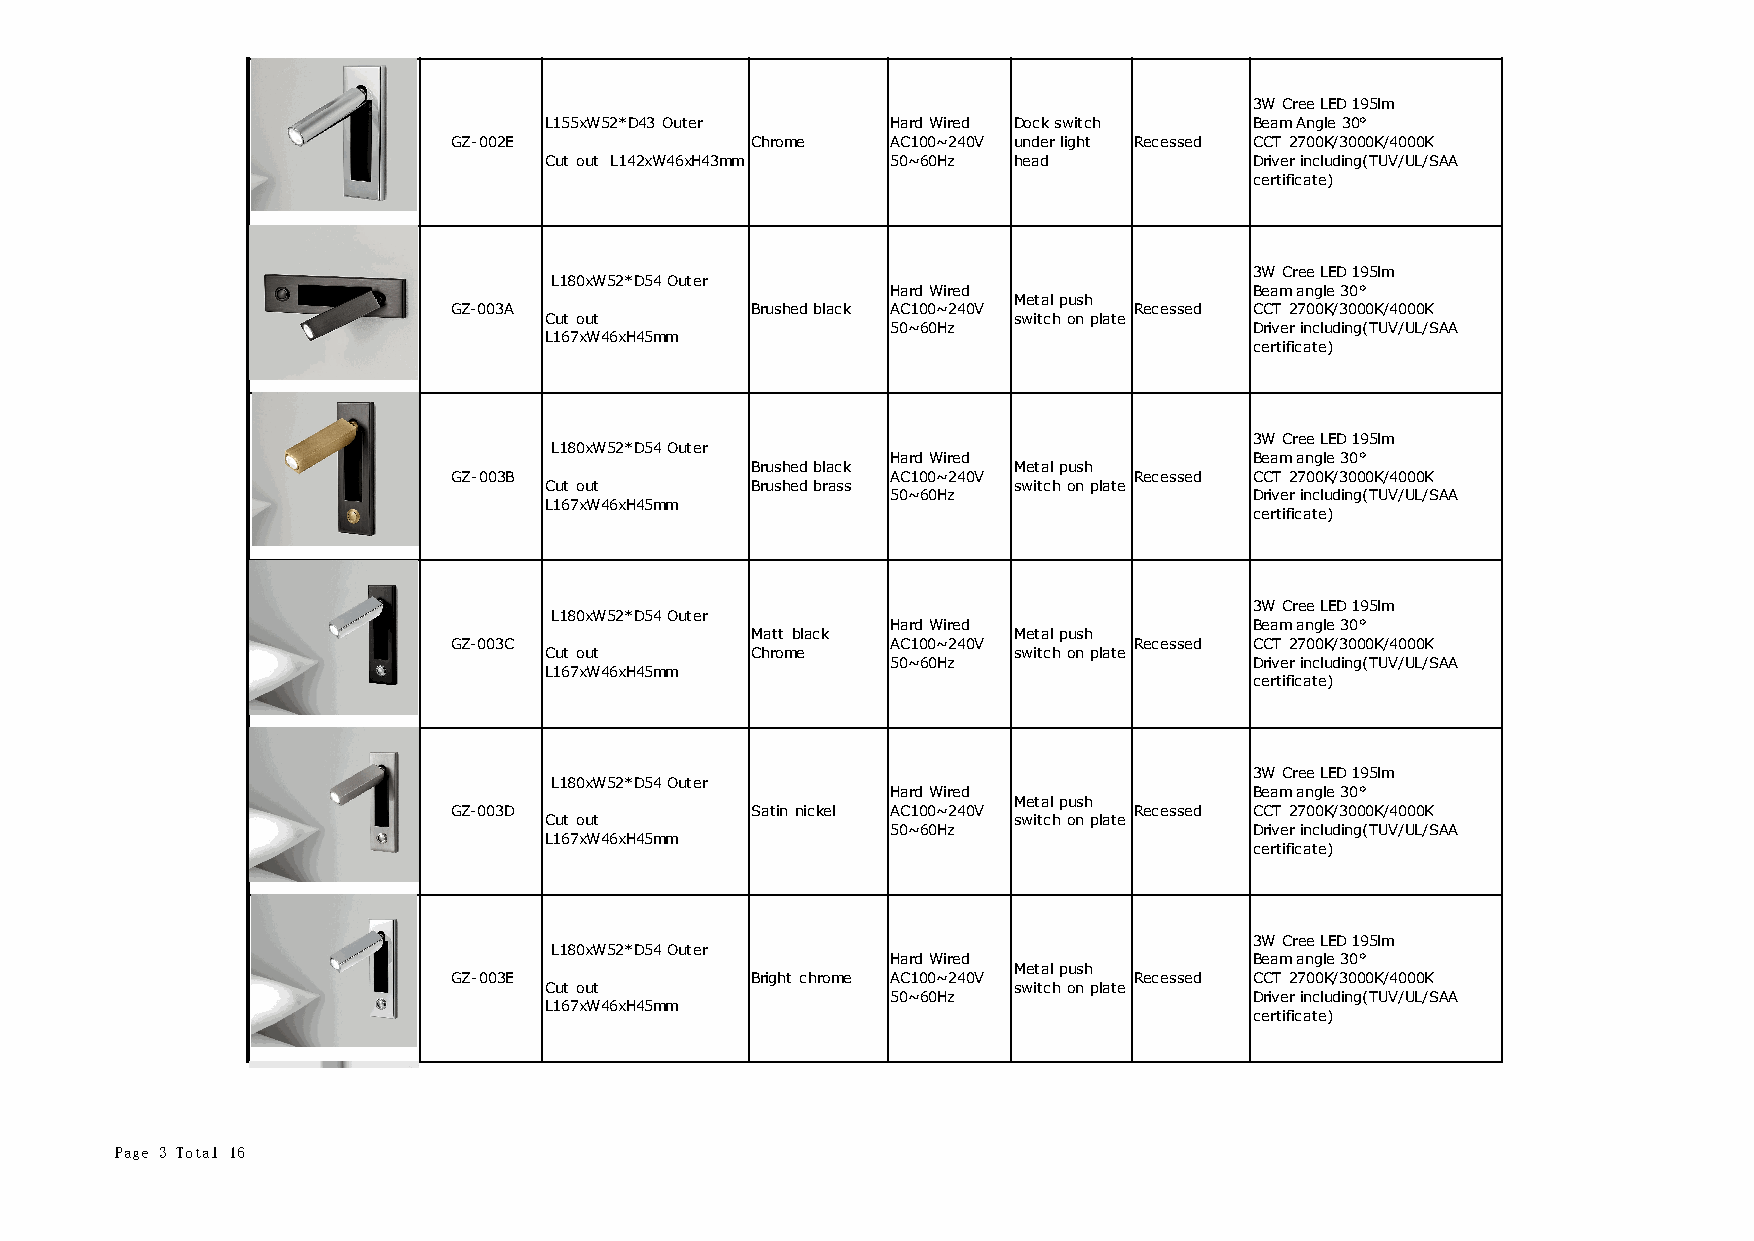
3W Cree LED 195lm
 L155xW52*D43 Outer     Hard Wired Dock switch  Beam Angle 30°
 GZ-002E             Chrome   AC100~240V under light Recessed CCT 2700K/3000K/4000K
 Cut out L142xW46xH43mm 50~60Hz head            Driver including(TUV/UL/SAA
 certificate)
 3W Cree LED 195lm
 L180xW52*D54 Outer
 Hard Wired              Beam angle 30°
 Metal push
 GZ-003A             Brushed black AC100~240V Recessed CCT 2700K/3000K/4000K
 Cut out                        switch on plate
 50~60Hz                 Driver including(TUV/UL/SAA
 L167xW46xH45mm
 certificate)
 3W Cree LED 195lm
 L180xW52*D54 Outer
 Hard Wired              Beam angle 30°
 Brushed black    Metal push
 GZ-003B                      AC100~240V      Recessed CCT 2700K/3000K/4000K
 Cut out       Brushed brass    switch on plate
 50~60Hz                 Driver including(TUV/UL/SAA
 L167xW46xH45mm
 certificate)
 3W Cree LED 195lm
 L180xW52*D54 Outer
 Hard Wired              Beam angle 30°
 Matt black       Metal push
 GZ-003C                      AC100~240V      Recessed CCT 2700K/3000K/4000K
 Cut out       Chrome           switch on plate
 50~60Hz                 Driver including(TUV/UL/SAA
 L167xW46xH45mm
 certificate)
 3W Cree LED 195lm
 L180xW52*D54 Outer
 Hard Wired              Beam angle 30°
 Metal push
 GZ-003D             Satin nickel AC100~240V  Recessed CCT 2700K/3000K/4000K
 Cut out                        switch on plate
 50~60Hz                 Driver including(TUV/UL/SAA
 L167xW46xH45mm
 certificate)
 3W Cree LED 195lm
 L180xW52*D54 Outer
 Hard Wired              Beam angle 30°
 Metal push
 GZ-003E             Bright chrome AC100~240V Recessed CCT 2700K/3000K/4000K
 Cut out                        switch on plate
 50~60Hz                 Driver including(TUV/UL/SAA
 L167xW46xH45mm
 certificate)
 Page 3 Total 16